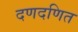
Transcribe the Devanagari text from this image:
दणदणित